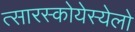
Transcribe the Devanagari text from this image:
त्सारस्कोयेस्येलो